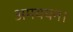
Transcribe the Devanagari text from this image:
अमययन।